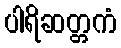
ပါရိဆတ္တကံ